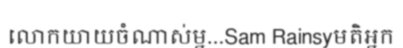
លោកយាយចំណាស់ម្ន...Sam Rainsyមតិអ្នក